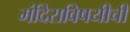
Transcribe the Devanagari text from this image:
मंदिराविषयीची